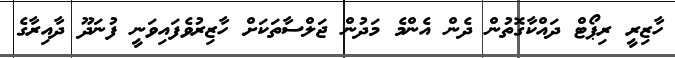
ހާޒިރީ ރިޕޯޓް ދައްކާގޮތުން ދެން އެންމެ މަދުން ޖަލްސާތަކަށް ހާޒިރުވެފައިވަނީ ފުނަދޫ ދާއިރާގެ